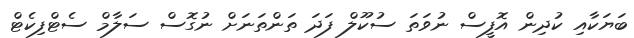
ބަޔަކާއި ކުދިން އޮފީސް ނުވަތަ ސުކޫލް ފަދަ ތަންތަނަށް ނުގޮސް ސަލާމް ސެޓްފިކެޓް